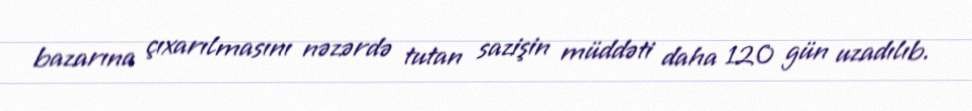
bazarına çıxarılmasını nəzərdə tutan sazişin müddəti daha 120 gün uzadılıb.